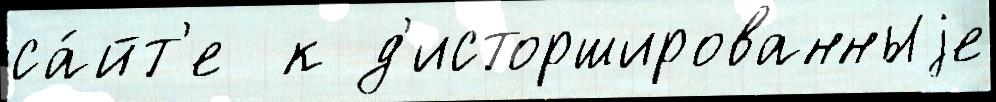
са́йт'е  к д'исторшированныjе